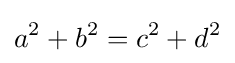
a^{2}+b^{2}=c^{2}+d^{2}